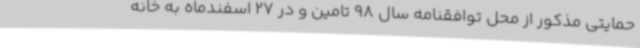
حمایتی مذکور از محل توافقنامه سال 98 تامین و در 27 اسفندماه به خانه